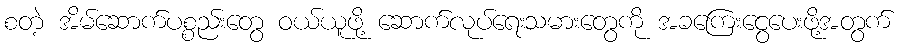
စတဲ့ အိမ်ဆောက်ပစ္စည်းတွေ ဝယ်ယူဖို့ ဆောက်လုပ်ရေးသမားတွေကို အခကြေးငွေပေးဖို့အတွက်